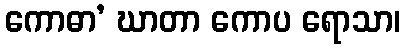
ကောဓာ’ ဃာတာ ကောပ ရောသာ၊